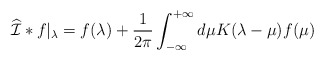
\begin{align*}\widehat{\cal I} * f \vert_\lambda = f(\lambda) + {1\over2\pi} \int_{-\infty}^{+\infty} d\mu K(\lambda-\mu) f(\mu)\end{align*}